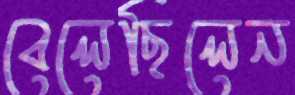
বেলেছিলেন